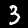
Digit: 3